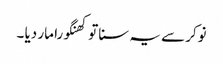
نوکر سے یہ سنا تو کھنگورا مار دیا ۔